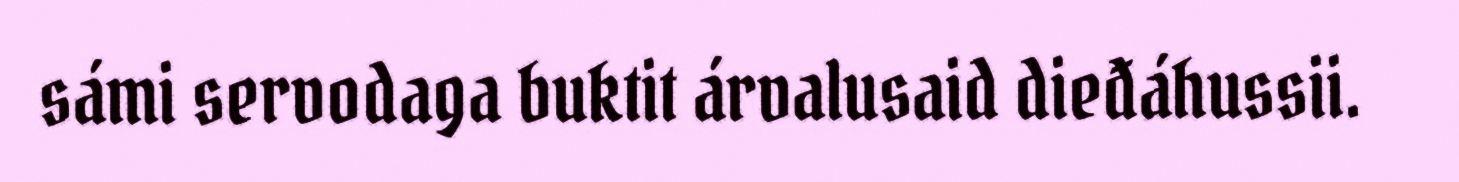
sámi servodaga buktit árvalusaid dieđáhussii.